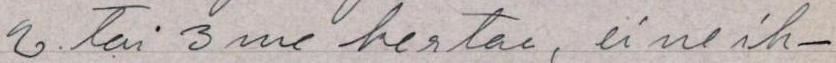
2 tai 3 me kertaa, ei ne ih-